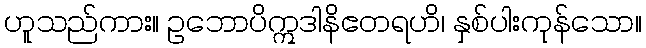
ဟူသည်ကား။ ဥဘောပိဣဒါနိဧတရဟိ၊ နှစ်ပါးကုန်သော။